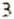
3